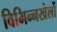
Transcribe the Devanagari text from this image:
विभिन्नखेलों